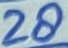
Text: 28